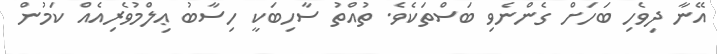
އޭނާ ދިވެހި ބަހަށް ގެންނެވި ބަސްތަކެވެ. ތުއްތު ސާހިބަކީ ހިސާބު ޢިލްމުވެރިއެއް ކަމުން